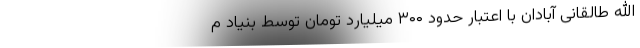
الله طالقانی آبادان با اعتبار حدود ۳۰۰ میلیارد تومان توسط بنیاد م